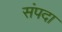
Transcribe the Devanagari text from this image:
संंपदा